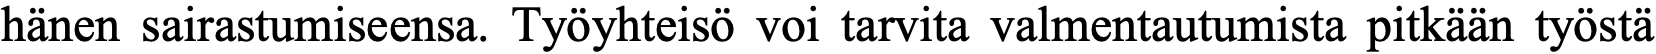
hänen sairastumiseensa. Työyhteisö voi tarvita valmentautumista pitkään työstä